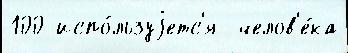
100 испо́льзуjетс'я  челов'е́ка